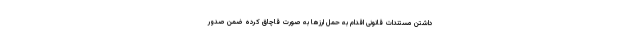
داشتن مستندات قانونی اقدام به حمل ارز‌ها به صورت قاچاق کرده ضمن صدور